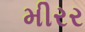
મીરર